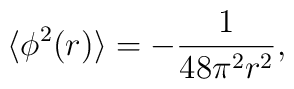
\langle\phi ^{2}(r)\rangle=-\frac{1}{48\pi^{2}r^{2}},